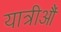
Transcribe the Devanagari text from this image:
यात्रीऔं